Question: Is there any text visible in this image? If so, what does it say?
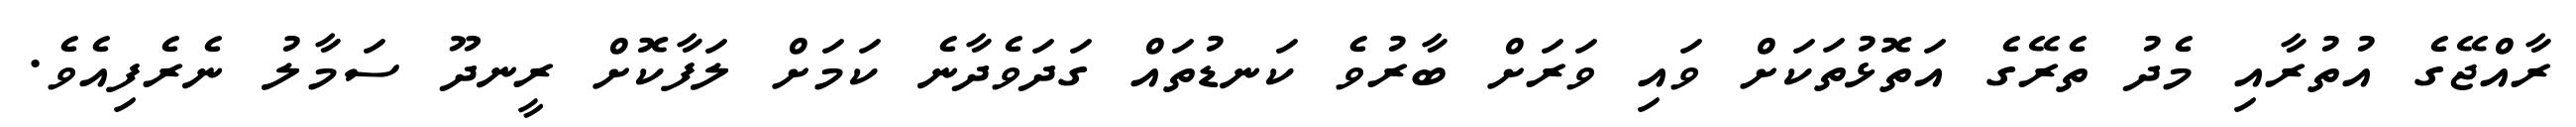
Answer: ރާއްޖޭގެ އުތުރާއި މެދު ތެރޭގެ އަތޮޅުތަކަށް ވައި ވަރަށް ބާރުވެ ކަނޑުތައް ގަދަވެދާނެ ކަމަށް ލަފާކޮށް ރީނދޫ ސަމާލު ނެރެފިއެވެ.